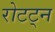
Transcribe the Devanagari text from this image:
रोटट्न